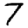
Digit: 7